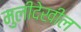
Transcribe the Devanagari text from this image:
मुलीदेखील